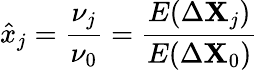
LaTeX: \hat{x}_{j}=\frac{\nu_{j}}{\nu_{0}}=\frac{E(\Delta\mathbf{X}_{j})}{E(\Delta\mathbf{X}_{0})}